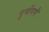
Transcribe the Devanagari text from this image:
पूूर्णपणे